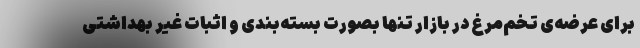
برای عرضه‌ی تخم‌مرغ در بازار تنها بصورت بسته‌بندی و اثبات غیر بهداشتی